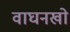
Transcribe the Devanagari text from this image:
वाघनखो